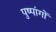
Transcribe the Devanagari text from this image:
पुष्पांगों